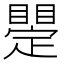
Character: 𥋫